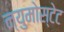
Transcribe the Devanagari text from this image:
न्युमोस्टेट